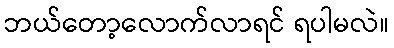
ဘယ်တော့လောက်လာရင် ရပါမလဲ။